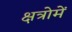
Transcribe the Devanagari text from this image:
क्षत्रोमें